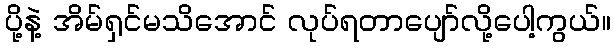
ပို့နဲ့ အိမ်ရှင်မသိအောင် လုပ်ရတာပျော်လို့ပေါ့ကွယ်။